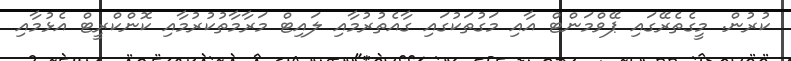
ކުރުން. މީގެތެރޭގައި ޕޭވްމަންޓް އާއި މަގުތަކުގައި ގާއެތުރުމާއި ލައިޓް މަރާމާތުކުރުމާއި ކޮންކްރީޓް އެޅުމާއި